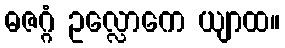
ဓဇဂ္ဂံ ဥလ္လောကေ ယျာထ။